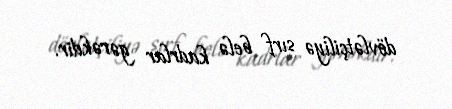
dövlətçiliyə sırf belə kadrlar gərəkdir.